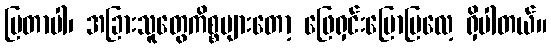
ပြတာပါ၊ အခြားသူတွေကိစ္စများတော့ ဖြေရှင်းပြောပြလေ့ ရှိပါတယ်။